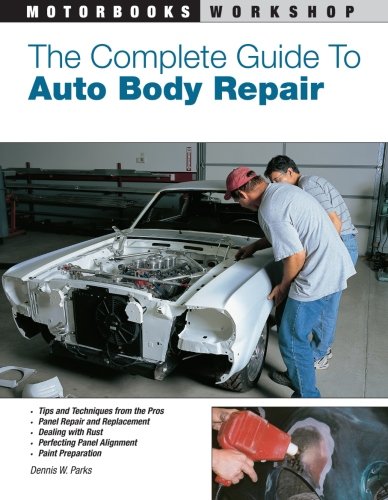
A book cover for The Complete Guide to Auto Body Repair (Motorbooks Workshop); Dennis W. Parks; Engineering & Transportation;